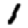
Digit: 1